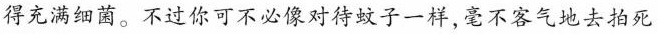
得充满细菌。不过你可不必像对待蚊子一样，毫不客气地去拍死